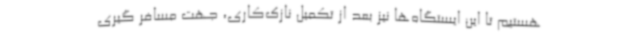
هستیم تا این ایستگاه‌ها نیز بعد از تکمیل نازک‌کاری، جهت مسافر گیری